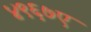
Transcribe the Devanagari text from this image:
४९६७ए